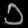
Digit: ၁